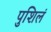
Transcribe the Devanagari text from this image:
पुशिलं